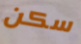
سكن